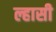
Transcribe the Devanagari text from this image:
ल्हासी